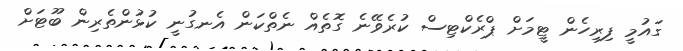
ގައުމީ ފިރިހެން ޓީމަށް ޕްރެކްޓިސް ކުރެވޭނެ ގޮތެއް ނެތްކަން އެނގުނީ ކުޅުންތެރިން ބޫޓަށް